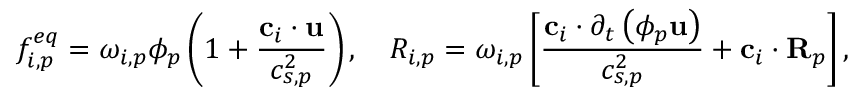
f _ { i , p } ^ { e q } = \omega _ { i , p } \phi _ { p } \left( 1 + \frac { \mathbf { c } _ { i } \cdot \mathbf { u } } { c _ { s , p } ^ { 2 } } \right) , \quad R _ { i , p } = \omega _ { i , p } \left[ \frac { \mathbf { c } _ { i } \cdot \partial _ { t } \left( \phi _ { p } \mathbf { u } \right) } { c _ { s , p } ^ { 2 } } + \mathbf { c } _ { i } \cdot \mathbf { R } _ { p } \right] ,